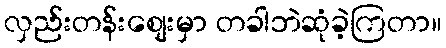
လှည်းတန်းစျေးမှာ တခါဘဲဆုံခဲ့ကြတာ။